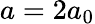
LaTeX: a=2a_{0}